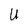
Character: U